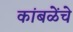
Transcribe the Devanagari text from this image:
कांबळेेंचे